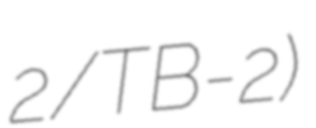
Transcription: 2/TB-2)